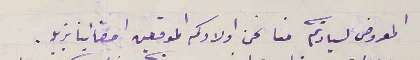
المعروض لسيادتكم منا نحن اولادكم الموقعين امضائيا بزيله .